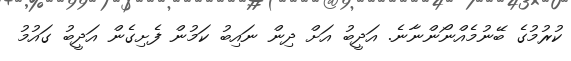
ކުރުމުގެ ބޭނުމެއްނޯންނާނެ. އަދީބު އަށް ދިން ނައިބު ކަމުން ފެށިގެން އަދީބު ގައުމު